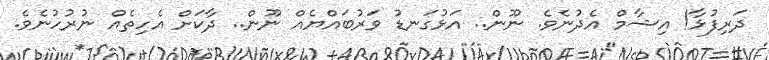
ދަރިފުޅާ! އިޝާމް އެދުނެވެ. ނޫން.. އަޅުގަނޑު ވަރުބައްޔެއް ނޫން.. ދާކަށް އެހިތެއް ނުރުހުނެވެ.